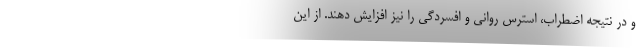
و در نتیجه اضطراب، استرس روانی و افسردگی را نیز افزایش دهند. از این